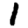
Digit: 1